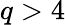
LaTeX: q>4